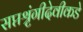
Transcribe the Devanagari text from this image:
सप्तश्रृंगीदेवीकडे